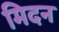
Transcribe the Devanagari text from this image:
मिदन